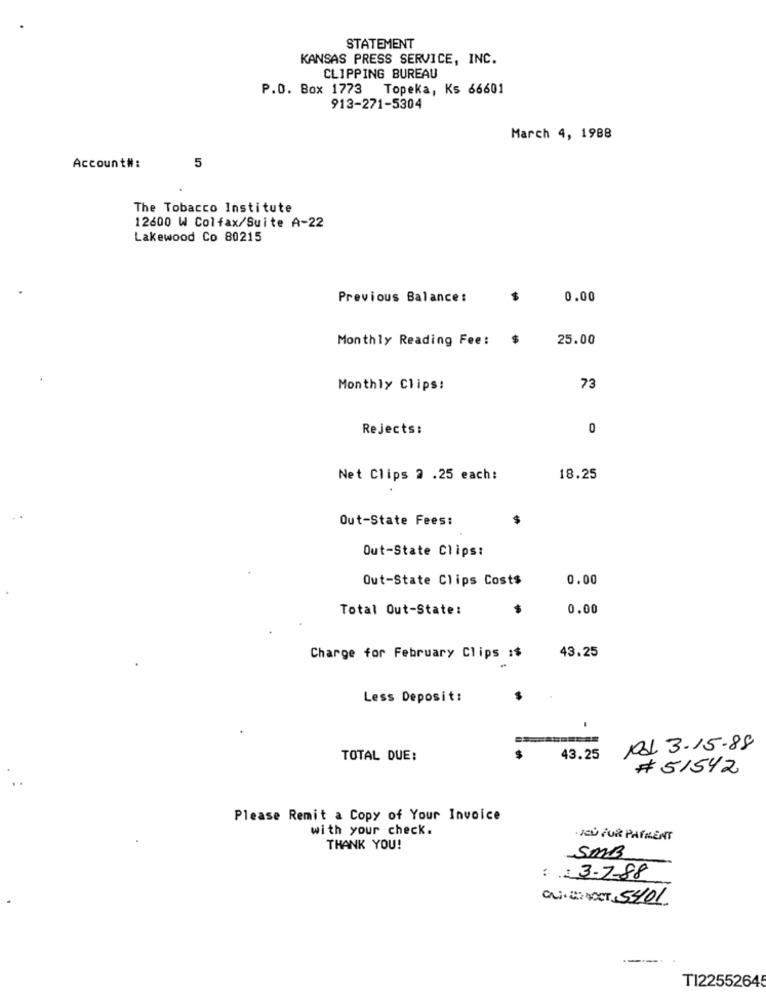
STATEMENT
KANSAS PRESS SERVICE, INC.
CLIPPING BUREAU
P.O. Box 1773 Topeka, Ks 66601
913-271-5304
March 4, 1988
5
Account#:
The Tobacco Institute
12600 W Colfax/Suite A-22
Lakewood Co 80215
Previous Balance:
$
0.00
Monthly Reading Fee:
$
25.00
Monthly Clips:
73
Rejects:
0
Net Clips 2 .25 each:
18.25
Out-State Fees:
Out-State Clips:
Out-State Clips Costs
0.00
Total Out-State:
0.00
Charge for February Clips :$
43.25
Less Deposit:
Pd 3-15-88
TOTAL DUE:
$
43.25
# 51542
Please Remit a Copy of Your Invoice
with your check.
JEU FUR PAIMENT
THANK YOU!
SMB
: : 3-7-88
QUINDI NOCT 5401.
--
T122552645